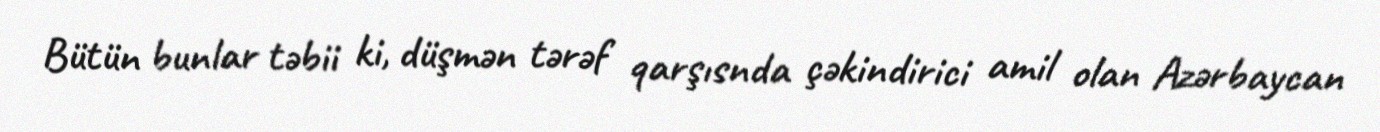
Bütün bunlar təbii ki, düşmən tərəf qarşısnda çəkindirici amil olan Azərbaycan